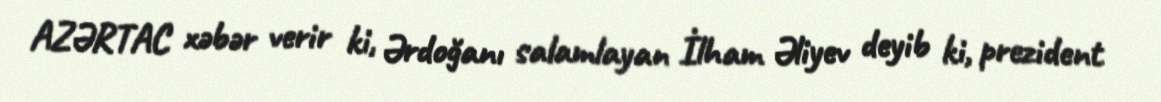
AZƏRTAC xəbər verir ki, Ərdoğanı salamlayan İlham Əliyev deyib ki, prezident